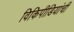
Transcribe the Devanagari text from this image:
विकिपीडियांची